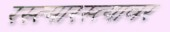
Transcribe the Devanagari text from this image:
रस्त्यारस्त्यावर